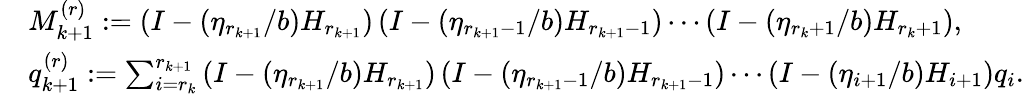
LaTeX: \begin{array}{rl}&{M_{k+1}^{(r)}:=\left(I-(\eta_{r_{k+1}}/b)H_{r_{k+1}}\right)\left(I-(\eta_{r_{k+1}-1}/b)H_{r_{k+1}-1}\right)\cdots\left(I-(\eta_{r_{k}+1}/b)H_{r_{k}+1}\right),}\\ &{q_{k+1}^{(r)}:=\sum_{i=r_{k}}^{r_{k+1}}\left(I-(\eta_{r_{k+1}}/b)H_{r_{k+1}}\right)\left(I-(\eta_{r_{k+1}-1}/b)H_{r_{k+1}-1}\right)\cdots\left(I-(\eta_{i+1}/b)H_{i+1}\right)q_{i}.}\end{array}